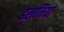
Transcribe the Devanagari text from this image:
इसनिया